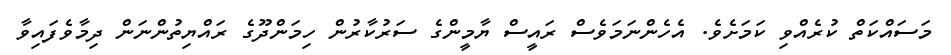
މަސައްކަތް ކުރެއްވި ކަމަށެވެ. އެހެންނަމަވެސް ރައީސް ޔާމީންގެ ސަރުކާރުން ހިމަންދޫގެ ރައްޔިތުންނަން ދިމާވެފައިވާ